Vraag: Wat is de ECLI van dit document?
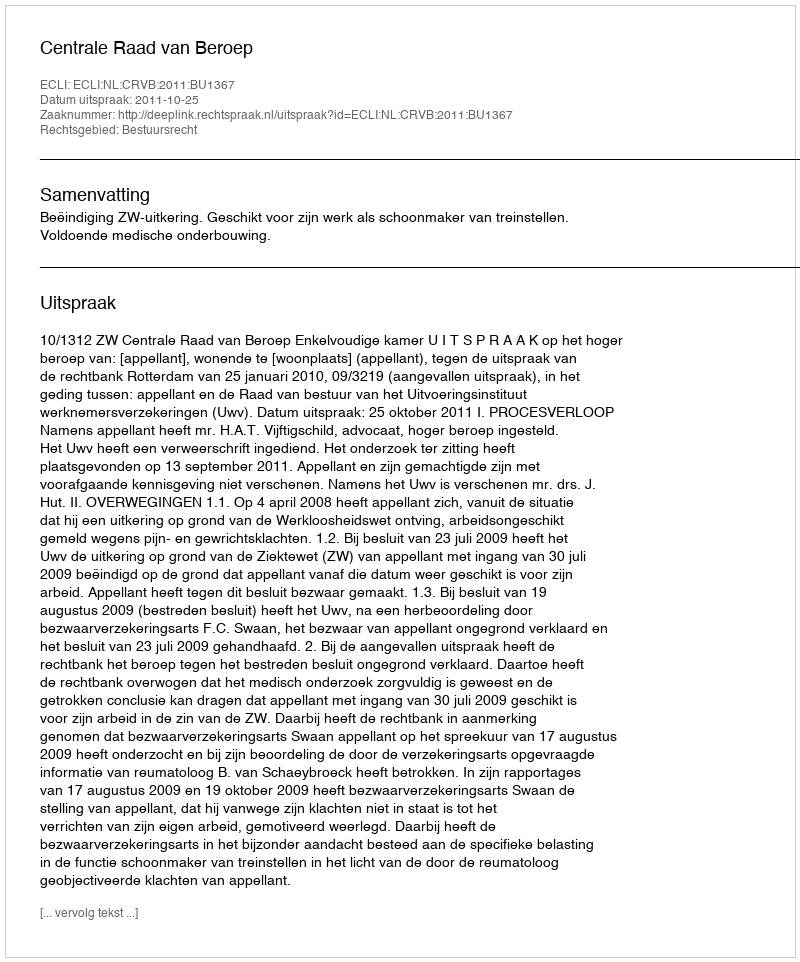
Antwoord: ECLI:NL:CRVB:2011:BU1367